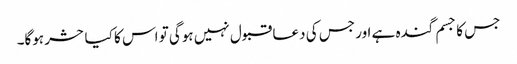
جس کا جسم گندہ ہے اور جس کی دعا قبول نہیں ہوگی تو اس کا کیا حشر ہوگا۔